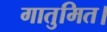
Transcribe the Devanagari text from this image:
गातुमित।